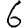
Digit: 6